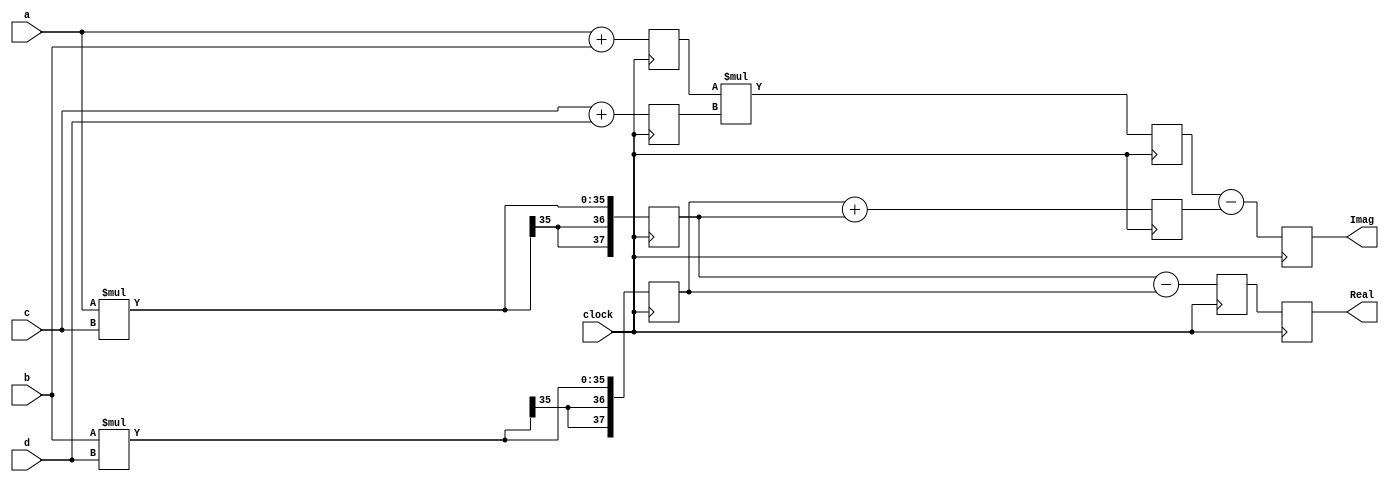
module Complex_mult (clock , a , b , c , d , Imag , Real);
input clock;
input signed [17:0] a , b , c , d;
output reg signed[37 : 0] Imag , Real;
reg signed[18:0] reg1 , reg2;
reg signed[37:0] reg3 , reg4 , reg5 , reg6 , reg7;

always @(posedge clock) begin
    reg1 <= a + b;
    reg2 <= c + d;
    reg3 <= b * d;
    reg4 <= a * c;
    reg5 <= reg1 * reg2;
    reg6 <= reg3 + reg4;
    reg7 <= reg4 - reg3;
    Real <= reg7;
    Imag <= reg5 - reg6;
end
    
endmodule